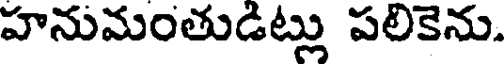
హనుమంతుడిట్లు పలికెను.